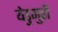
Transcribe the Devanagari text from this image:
येडुगुरी